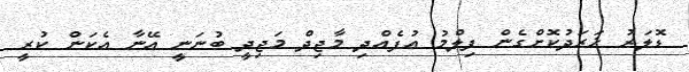
ޑޮލަރު ޚަރަދުކޮށްގެން ފިލްމު އުފެއްދި މާޖިދް މަޖިދީ ބުނަނީ އޭނާ އެކަން ކުރީ